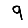
Digit: 9